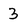
Character: 3